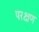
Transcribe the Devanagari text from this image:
परक्षण